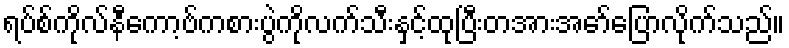
ရပ်စ်ကိုလ်နီကော့ဗ်ကစားပွဲကိုလက်သီးနှင့်ထုပြီးတအားအော်ပြောလိုက်သည်။